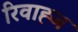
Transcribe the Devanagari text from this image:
रिवाह्ज